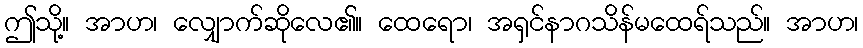
ဤသို့။ အာဟ၊ လျှောက်ဆိုလေ၏။ ထေရော၊ အရှင်နာဂသိန်မထေရ်သည်။ အာဟ၊